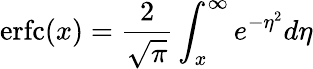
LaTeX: \mathrm{erfc}(x)=\frac{2}{\sqrt{\pi}}\int_{x}^{\infty}e^{-\eta^{2}}d\eta